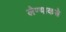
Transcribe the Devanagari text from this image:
लेण्याकडे